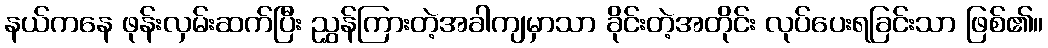
နယ်ကနေ ဖုန်းလှမ်းဆက်ပြီး ညွှန်ကြားတဲ့အခါကျမှာသာ ခိုင်းတဲ့အတိုင်း လုပ်ပေးရခြင်းသာ ဖြစ်၏။